Eesti_Rahvusfond, lk 34
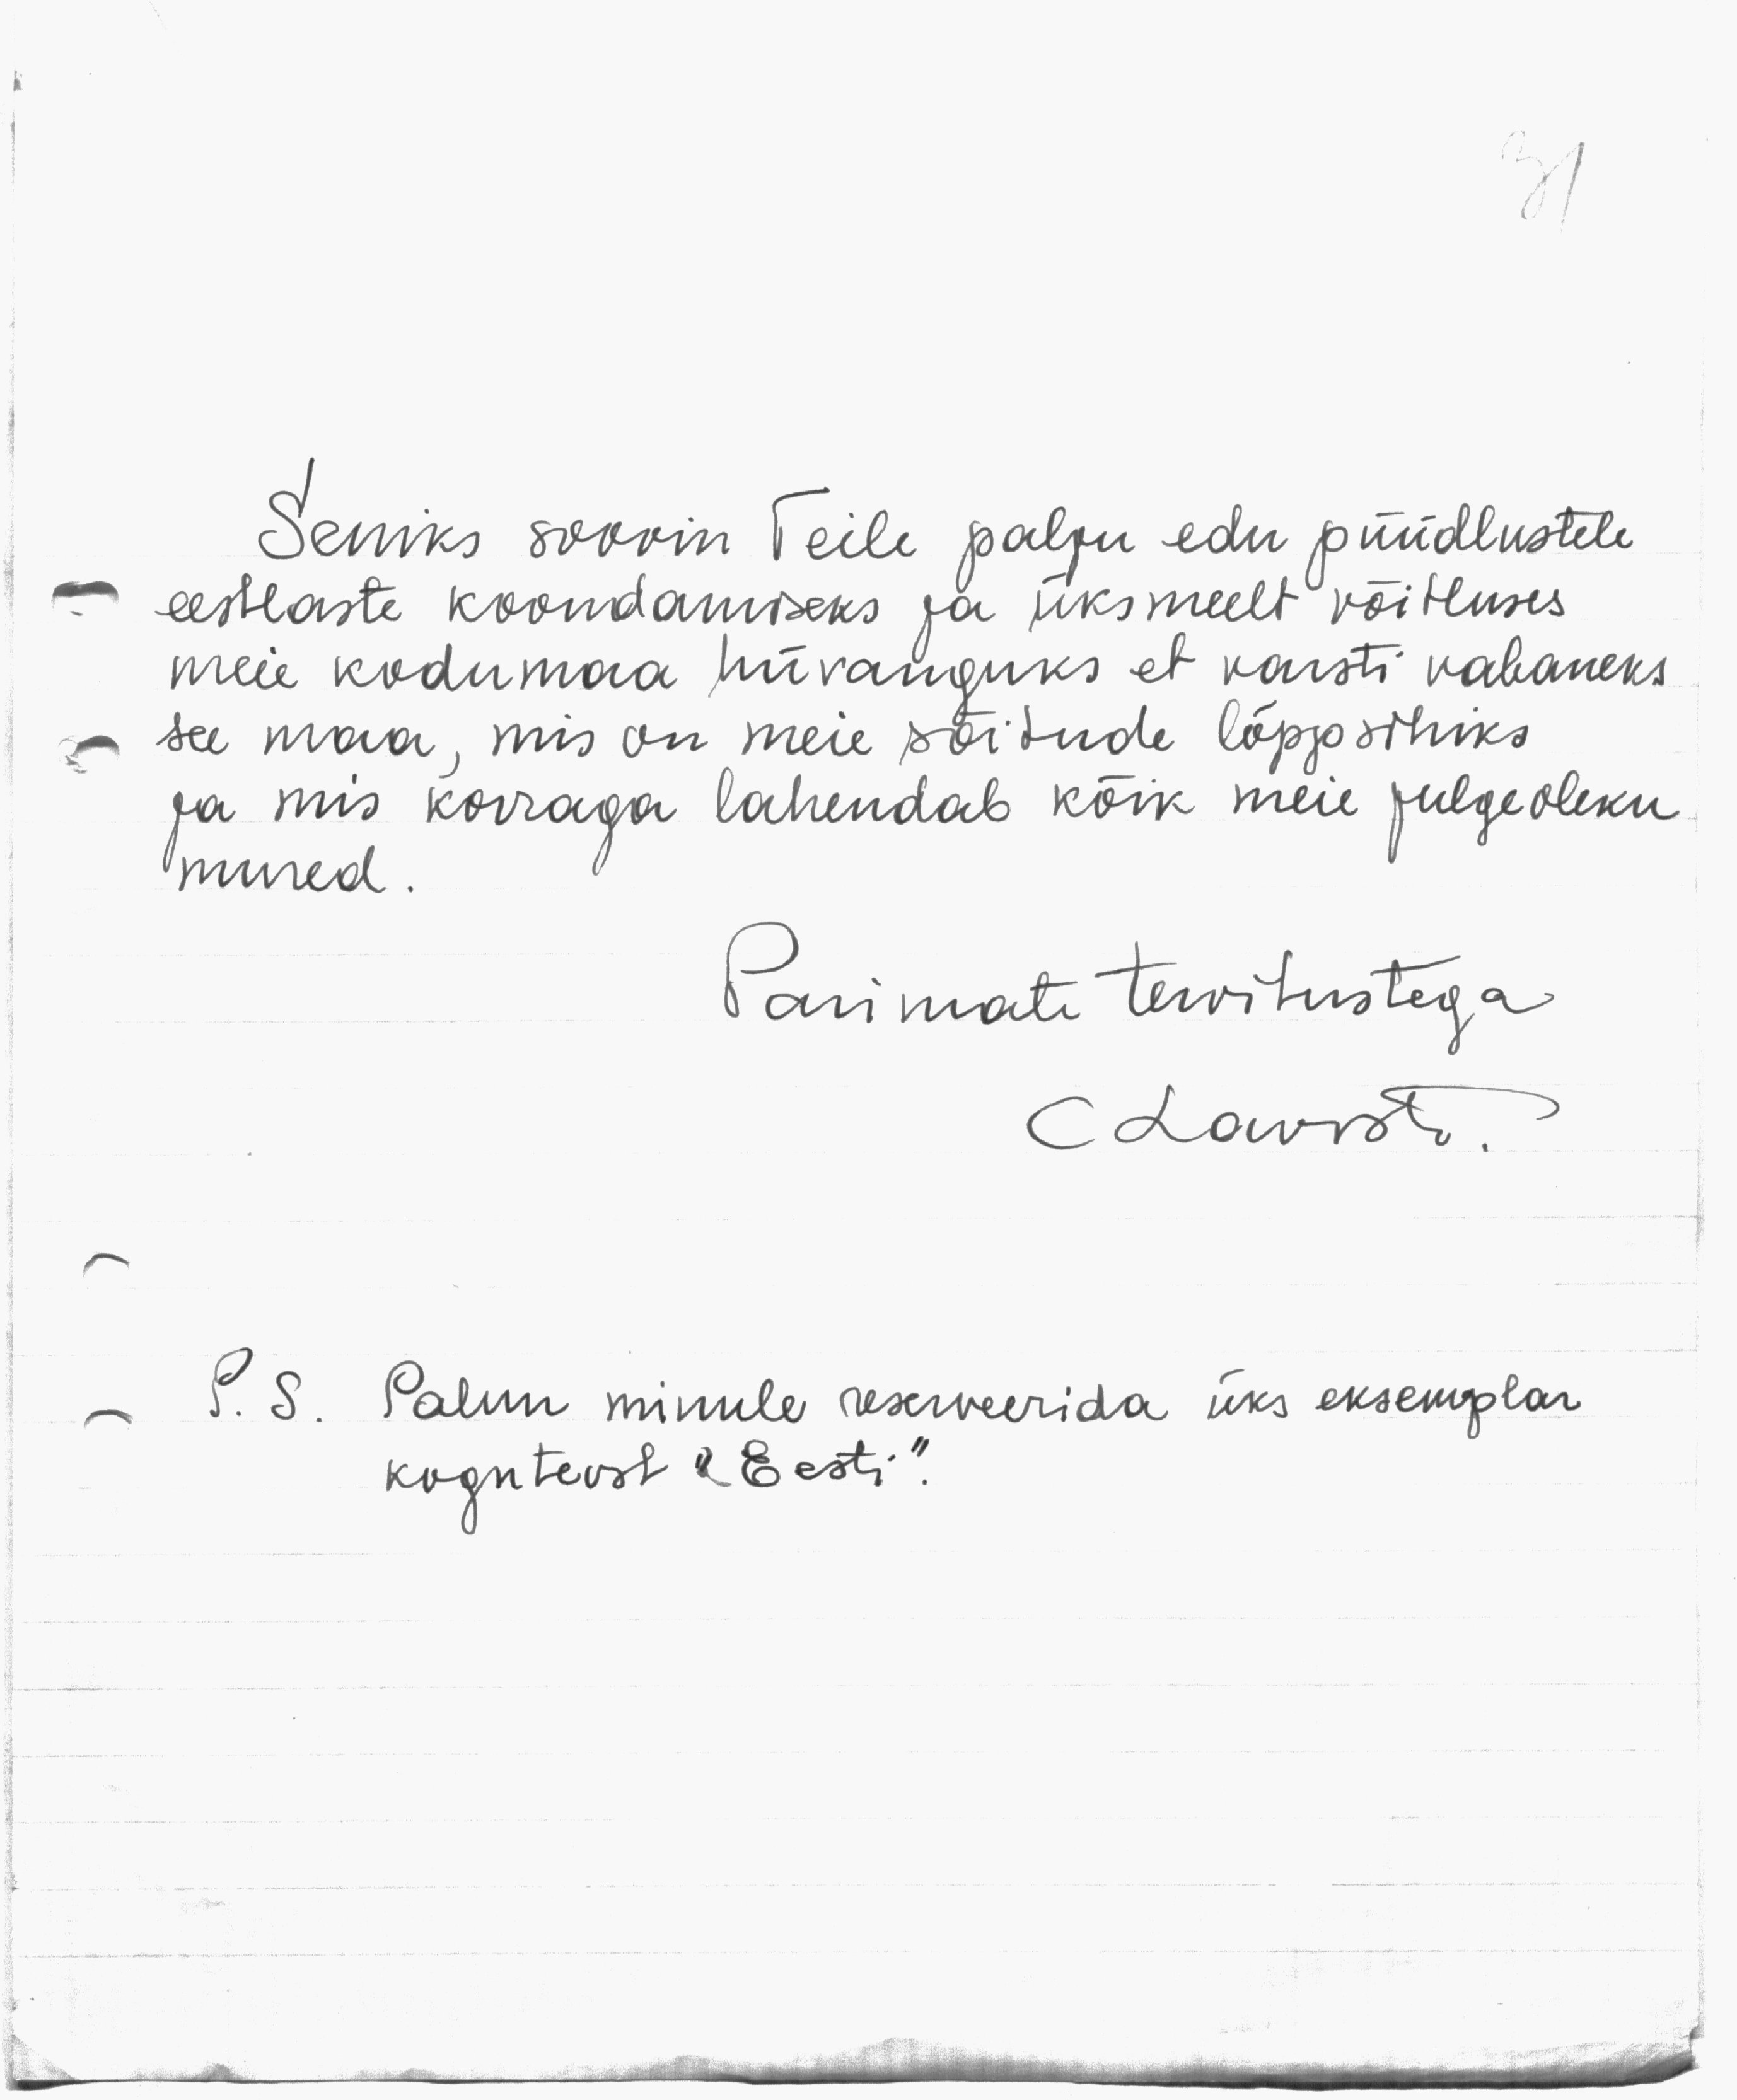
Seniks soovin Teile palju edu püüdlustele
eestlaste koondamiseks ja üksmeelt võitluses
meie kodumaa hüvanguks et varsti vabaneks
see maa, mis on meie sõidude lõppsihiks
ja mis korraga lahendab kõik meie julgeoleku
mured.
Parimate tervitustega
C. Lariste.
P. S. Palun minule reskveerida üks eksemplar
koguteost "Eesti".